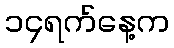
၁၄ရက်နေ့က